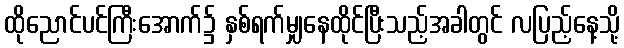
ထိုညောင်ပင်ကြီးအောက်၌ နှစ်ရက်မျှနေထိုင်ပြီးသည့်အခါတွင် လပြည့်နေ့သို့